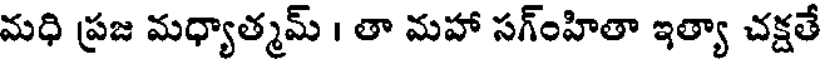
మధి ప్రజ మధ్యాత్మమ్ । తా మహా సగ్ంహితా ఇత్యా చక్షతే